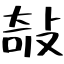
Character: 敧